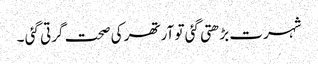
شہرت بڑھتی گئی تو آرتھر کی صحت گرتی گئی ۔